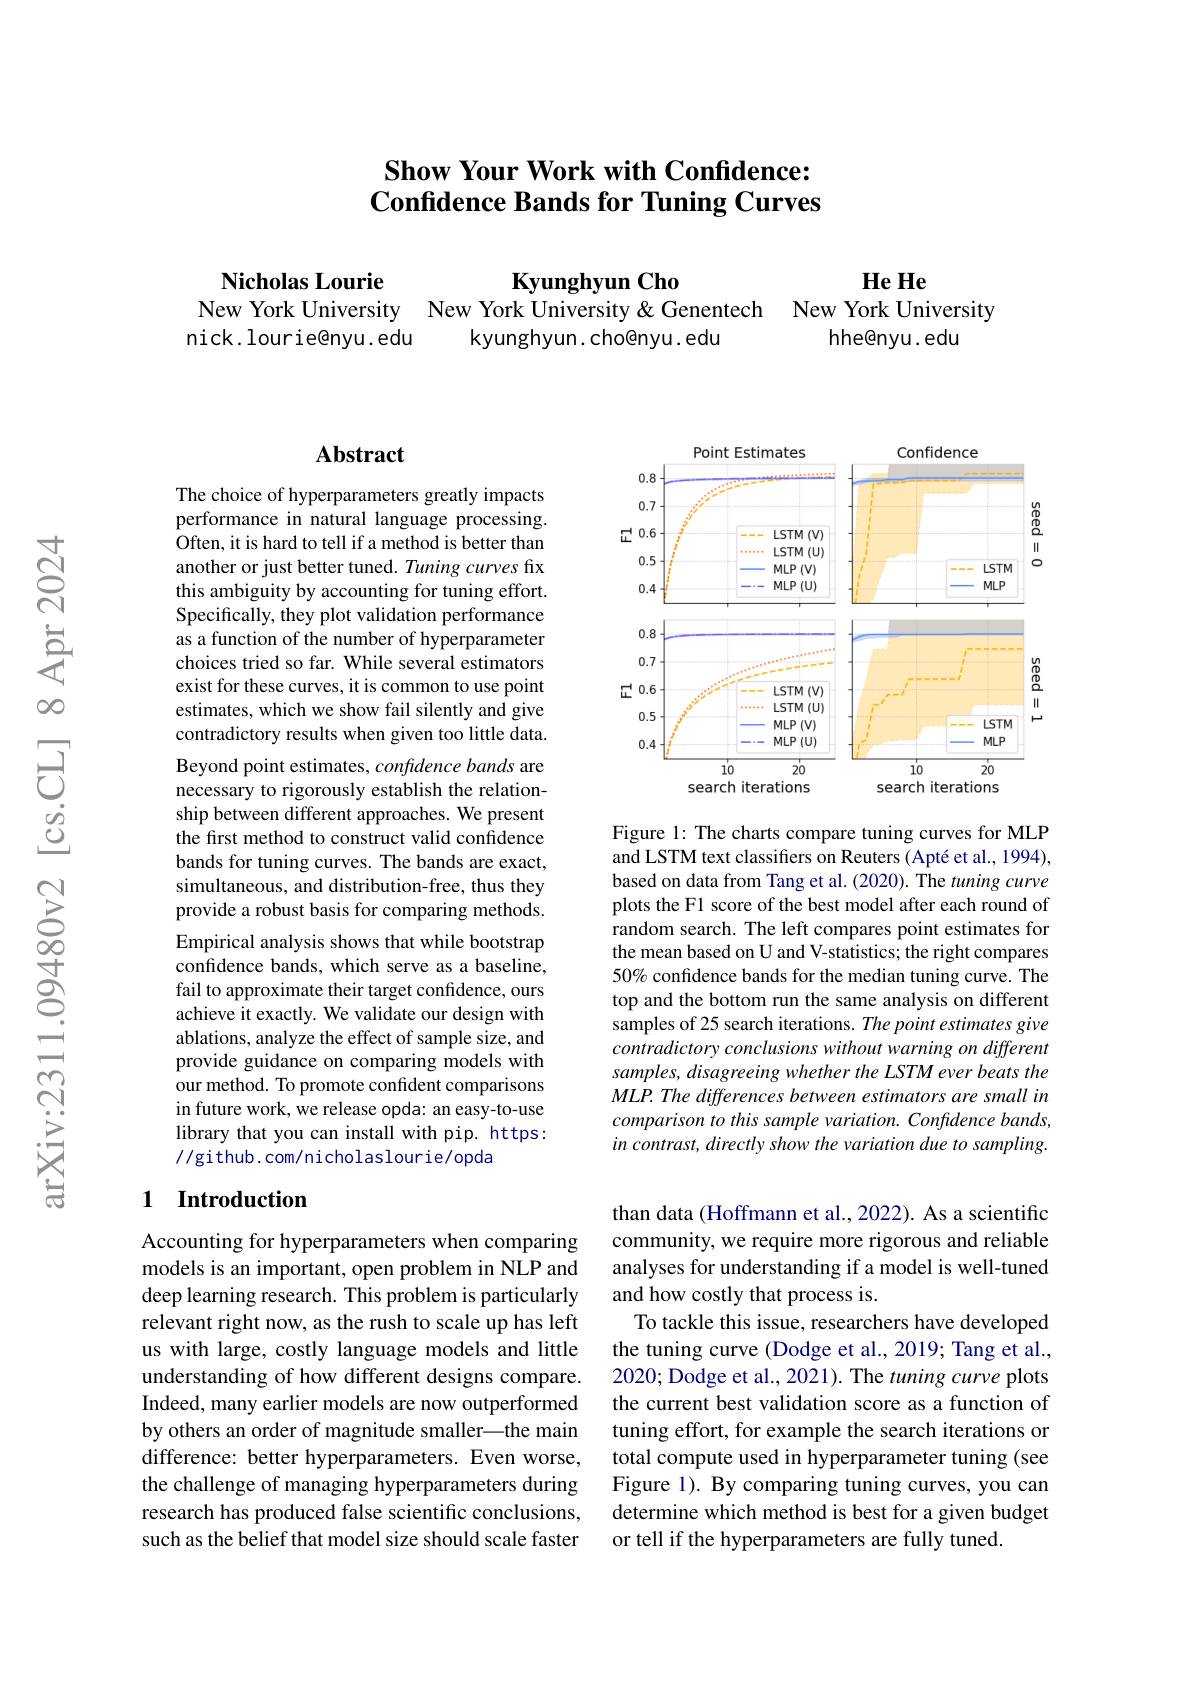
# Show Your Work with Confidence: $\textbf{Confidence Bands for Tuning Curves}$

Nicholas Lourie
He He
Kyunghyun Cho
New York University New York University&Genentech New York University
nick. lourie@nyu. edu
kyunghyun. cho@nyu. edu
hhe@nyu. edu

### $\mathbf{Abstract}$

The choice of hyperparameters greatly impacts performance in natural language processing. Often, it is hard to tell if a method is better than another or just better tuned. Tuning curves fix this ambiguity by accounting for tuning effort. Specifically, they plot validation performance as a function of the number of hyperparameter choices tried so far. While several estimators exist for these curves, it is common to use point estimates, which we show fail silently and give contradictory results when given too little data. Beyond point estimates, confidence bands are necessary to rigorously establish the relationship between different approaches. We present the first method to construct valid confidence bands for tuning curves. The bands are exact, simultaneous, and distribution-free, thus they provide a robust basis for comparing methods. Empirical analysis shows that while bootstrap confidence bands, which serve as a baseline, fail to approximate their target confidence, ours achieve it exactly. We validate our design with ablations, analyze the effect of sample size, and provide guidance on comparing models with our method. To promote confident comparisons in future work, we release opda: an easy-to-use library that you can install with pip. https: //github.com/nicholaslourie/opda

### 1 Introduction

Accounting for hyperparameters when comparing models is an important, open problem in NLP and deep learning research. This problem is particularly relevant right now, as the rush to scale up has left us with large, costly language models and little understanding of how different designs compare. Indeed, many earlier models are now outperformed by others an order of magnitude smaller—the main difference: better hyperparameters. Even worse, the challenge of managing hyperparameters during research has produced false scientific conclusions, such as the belief that model size should scale faster

<FigureHere>

Figure 1: The charts compare tuning curves for MLP and LSTM text classifiers on Reuters (Apté et al., 1994), based on data from Tang et al. (2020). The tuning curve plots the F1 score of the best model after each round of random search. The left compares point estimates for the mean based on U and V-statistics; the right compares 50% confidence bands for the median tuning curve. The top and the bottom run the same analysis on different samples of 25 search iterations. The point estimates give contradictory conclusions without warning on different samples, disagreeing whether the LSTM ever beats the MLP. The differences between estimators are small in comparison to this sample variation. Confidence bands, in contrast, directly show the variation due to sampling.

than data (Hoffmann et al., 2022). As a scientific community, we require more rigorous and reliable analyses for understanding if a model is well-tuned and how costly that process is.
To tackle this issue, researchers have developed the tuning curve (Dodge et al., 2019; Tang et al., 2020; Dodge et al., 2021). The tuning curve plots the current best validation score as a function of tuning effort, for example the search iterations or total compute used in hyperparameter tuning (see Figure 1). By comparing tuning curves, you can determine which method is best for a given budget or tell if the hyperparameters are fully tuned.